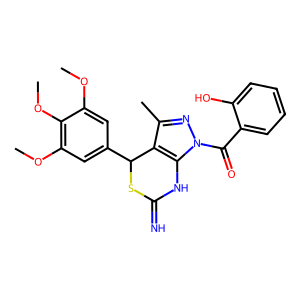
SMILES: COc1cc(C2SC(=N)Nc3c2c(C)nn3C(=O)c2ccccc2O)cc(OC)c1OC
Inhibits HIV replication: No